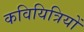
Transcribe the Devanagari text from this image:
कवियित्रियों